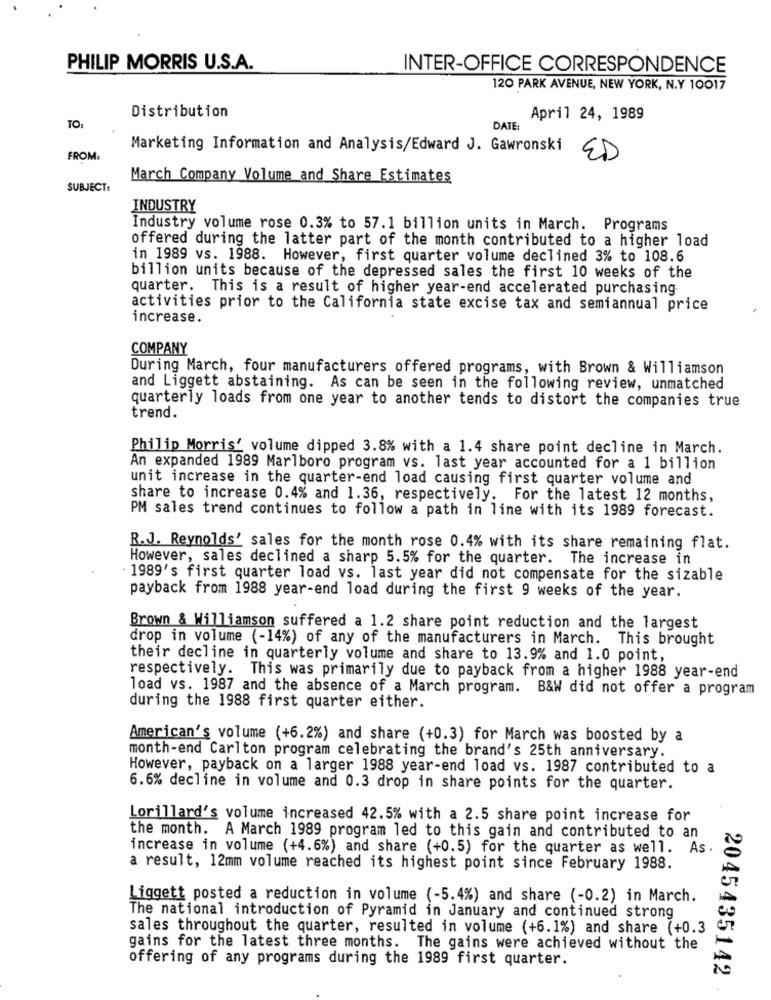
PHILIP MORRIS U.S.A.
INTER-OFFICE CORRESPONDENCE
120 PARK AVENUE, NEW YORK, N.Y 10017
Distribution
April 24, 1989
TO:
DATE
Marketing Information and Analysis/Edward J. Gawronski
FROM.
ED
March Company Volume and Share Estimates
SUBJECT:
INDUSTRY
Industry volume rose 0.3% to 57.1 billion units in March. Programs
offered during the latter part of the month contributed to a higher load
in 1989 vs. 1988. However, first quarter volume declined 3% to 108.6
billion units because of the depressed sales the first 10 weeks of the
quarter. This is a result of higher year-end accelerated purchasing
activities prior to the California state excise tax and semiannual price
increase.
COMPANY
During March, four manufacturers offered programs, with Brown & Williamson
and Liggett abstaining. As can be seen in the following review, unmatched
quarterly loads from one year to another tends to distort the companies true
trend.
Philip Morris' volume dipped 3.8% with a 1.4 share point decline in March.
An expanded 1989 Marlboro program vs. last year accounted for a 1 billion
unit increase in the quarter-end load causing first quarter volume and
share to increase 0.4% and 1.36, respectively. For the latest 12 months,
PM sales trend continues to follow a path in line with its 1989 forecast.
R.J. Reynolds' sales for the month rose 0.4% with its share remaining flat.
However, sales declined a sharp 5.5% for the quarter. The increase in
1989's first quarter load vs. last year did not compensate for the sizable
payback from 1988 year-end load during the first 9 weeks of the year.
Brown & Williamson suffered a 1.2 share point reduction and the largest
drop in volume (-14%) of any of the manufacturers in March. This brought
their decline in quarterly volume and share to 13.9% and 1.0 point,
respectively. This was primarily due to payback from a higher 1988 year-end
load vs. 1987 and the absence of a March program. B&W did not offer a program
during the 1988 first quarter either.
American's volume (+6.2%) and share (+0.3) for March was boosted by a
month-end Carlton program celebrating the brand's 25th anniversary.
However, payback on a larger 1988 year-end load vs. 1987 contributed to a
6.6% decline in volume and 0.3 drop in share points for the quarter.
Lorillard's volume increased 42.5% with a 2.5 share point increase for
the month. A March 1989 program led to this gain and contributed to an
increase in volume (+4.6%) and share (+0.5) for the quarter as well. As.
a result, 12mm volume reached its highest point since February 1988.
Liggett posted a reduction in volume (-5.4%) and share (-0.2) in March.
The national introduction of Pyramid in January and continued strong
sales throughout the quarter, resulted in volume (+6.1%) and share (+0.3
gains for the latest three months. The gains were achieved without the
offering of any programs during the 1989 first quarter.
2045435142